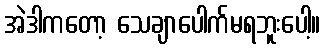
အဲဒါကတော့ သေချာပေါက်မရဘူးပေါ့။